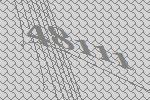
48111